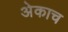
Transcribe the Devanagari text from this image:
अेकाच